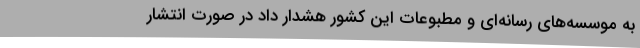
به موسسه‌های رسانه‌ای و مطبوعات این کشور هشدار داد در صورت انتشار